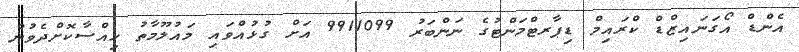
އެންޑް އޯގަނައިޒްޑް ކްރައިމް ޑިޕާރޓްމަންޓުގެ ނަންބަރު 9911099 އަށް ގުޅުއްވައި މައުލޫމާތު ހިއްސާކޮށްދެވުން